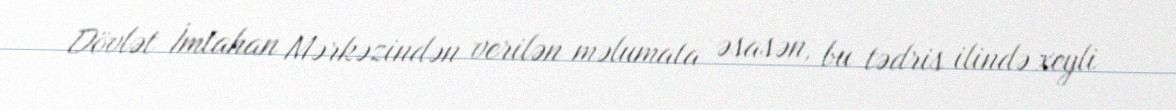
Dövlət İmtahan Mərkəzindən verilən məlumata əsasən, bu tədris ilində xeyli